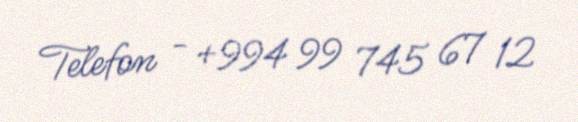
Telefon - +994 99 745 67 12